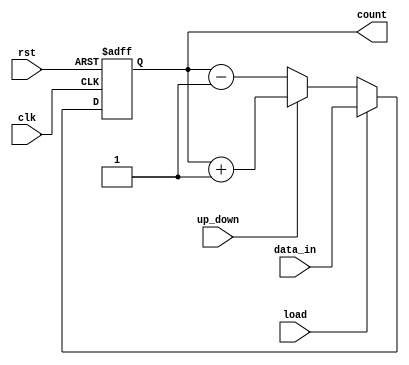
module UpDownCounter #(
    parameter N = 8 // Define the width of the counter (N bits)
)(
    input wire clk,              // Clock signal
    input wire rst,              // Asynchronous reset signal (active high)
    input wire up_down,          // Control signal for counting direction
    input wire load,             // Load signal to initialize the counter
    input wire [N-1:0] data_in,  // Input data for loading the counter
    output reg [N-1:0] count     // N-bit output representing the current count value
);

// Asynchronous reset and loading functionality
always @(posedge clk or posedge rst) begin
    if (rst) begin
        count <= 0; // Reset the counter to zero
    end else if (load) begin
        count <= data_in; // Load the counter with the input data
    end else begin
        // Counting logic
        if (up_down) begin
            count <= count + 1; // Increment the counter
        end else begin
            count <= count - 1; // Decrement the counter
        end
    end
end

endmodule